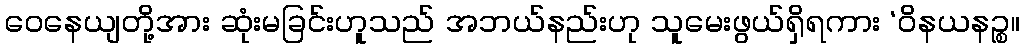
ဝေနေယျတို့အား ဆုံးမခြင်းဟူသည် အဘယ်နည်းဟု သူမေးဖွယ်ရှိရကား ‘ဝိနယနဉ္စ။